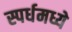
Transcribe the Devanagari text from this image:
स्पर्धमध्ये